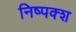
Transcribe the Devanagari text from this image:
निष्पक्श